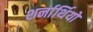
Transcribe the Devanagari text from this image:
शर्नार्थियों